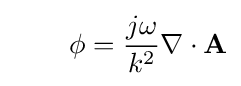
\qquad \phi ={\frac {j\omega }{k^{2}}}\nabla \cdot \mathbf {A}